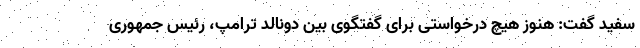
سفید گفت: هنوز هیچ درخواستی برای گفتگوی بین دونالد ترامپ، رئیس جمهوری